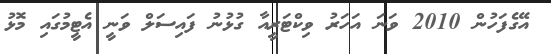
އޭގެފަހުން 2010 ވަނަ އަހަރު ވިކްޓަރީއާ ގުޅުނު ފައިސަލް ވަނީ އެޓީމުގައި މޮޅު